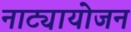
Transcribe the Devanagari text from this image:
नाट्यायोजन